Lunatic asylums in Bengal annual reports 1912-1924 - 1912-1924
Year: 1912
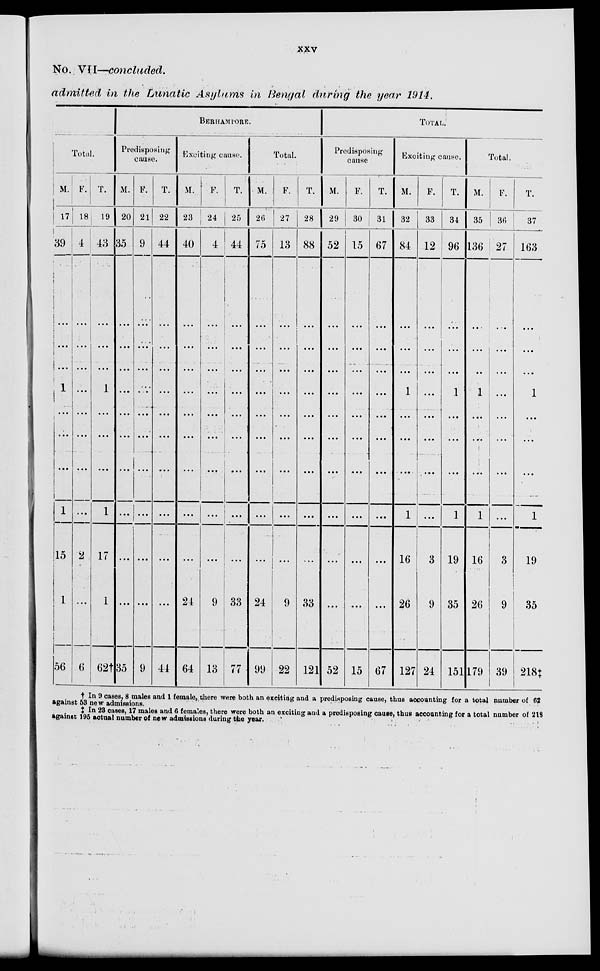
xxv
No. VII—concluded.
admitted in the Lunatic Asylums in Bengal during the year 1914.
Total.
M.
17
39
...
...
...
1
...
...
...
1
15
1
56
F.
18
4
...
...
...
...
...
...
...
...
2
...
6
T.
19
43
...
...
...
1
...
...
...
1
17
1
62†
BERHAMPORE.
I
Predisposing
cause.
M.
20
35
...
...
...
...
...
...
...
...
...
...
35
F.
21
9
...
...
...
...
...
...
...
...
...
...
9
T.
22
44
...
...
...
...
...
...
...
...
...
...
44
Exciting cause.
M.
23
40
...
...
...
...
...
...
...
...
...
24
64
F.
24
4
...
...
...
...
...
...
...
...
...
9
13
T.
25
44
...
...
...
...
...
...
...
...
...
33
77
Total.
M.
26
75
...
...
...
...
...
...
...
...
...
24
99
F.
27
13
...
...
...
...
...
...
...
...
...
9
22
T.
28
88
...
...
...
...
...
...
...
...
...
33
121
TOTAL.
Predisposing
cause
M.
29
52
...
...
...
...
...
...
...
...
...
...
52
F.
30
15
...
...
...
...
...
...
...
...
...
...
15
T.
31
67
...
...
...
...
...
...
...
...
...
...
67
Exciting cause.
M.
32
84
...
...
...
1
...
...
...
1
16
26
127
F.
33
12
...
...
...
...
...
...
...
...
3
9
24
T.
34
96
...
...
...
1
...
...
...
1
19
35
151
Total.
M.
35
136
...
...
...
1
...
...
...
1
16
26
179
F.
36
27
...
...
...
...
...
...
...
...
3
9
39
T.
37
163
...
...
...
1
...
...
...
1
19
35
218‡
† In 9 cases, 8 males and 1 female, there were both an exciting and a predisposing cause, thus accounting for a total number of 62
against 53 new admissions.
‡ In 28 cases, 17 males and 6 females, there were both an exciting and a predisposing cause, thus accounting for a total number of 218
against 195 actual number of new admissions during the year.